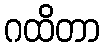
ဂထိတာ